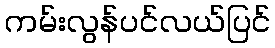
ကမ်းလွန်ပင်လယ်ပြင်